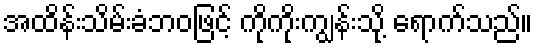
အထိန်းသိမ်းခံဘဝဖြင့် ကိုကိုးကျွန်းသို့ ရောက်သည်။